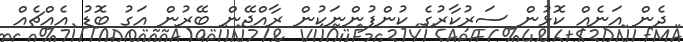
ދެން އަނެއް ކޮޅުން ސަރުކާރުގެ ކުންފުންނަކުން ރާއްޖޭން ބޭރުން އަގު ބޮޑު އެއްޗެއް